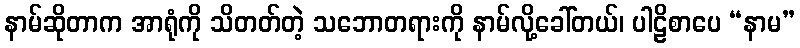
နာမ်ဆိုတာက အာရုံကို သိတတ်တဲ့ သဘောတရားကို နာမ်လို့ခေါ်တယ်၊ ပါဠိစာပေ “နာမ”